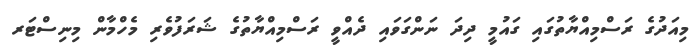
މިއަދުގެ ރަސްމިއްޔާތުގައި ގައުމީ ދިދަ ނަންގަވައި ދެއްވީ ރަސްމިއްޔާތުގެ ޝަރަފުވެރި މެހްމާން މިނިސްޓަރ